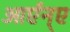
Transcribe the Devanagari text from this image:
आर्एन्ए